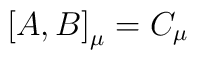
\bigl\lbrack A , B \bigr\rbrack _\mu = C _\mu